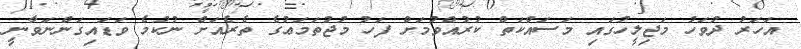
އަހަރު ދުވަހު މަޖިލީހުގައި މަސައްކަތް ކުރުއްވުމަށް ފަހު މުޖުތަމަޢުގެ ތެރެއަށް ނުކުމެ ވަޑައިގަންނަވާނީ